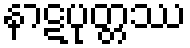
နာဋပုတ္တဿ